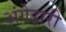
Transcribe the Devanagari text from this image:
अंगेझरी